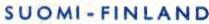
SUOMI-FINLAND